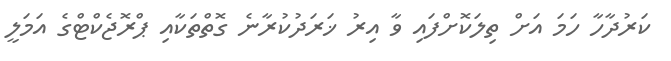
ކަރުދާހާ ހަމަ އަށް ތިލަކޮށްފައި ވާ އިރު ޚަރަދުކުރާނެ ގޮތްތަކާއި ޕްރޮޖެކްޓްގެ އަމަލީ